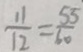
\frac { 1 1 } { 1 2 } = \frac { 5 5 } { 6 0 }